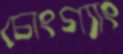
চোংগ্যাং